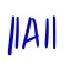
$\|A\|$